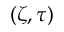
( \zeta , \tau )